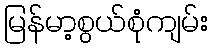
မြန်မာ့စွယ်စုံကျမ်း